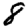
Digit: 8